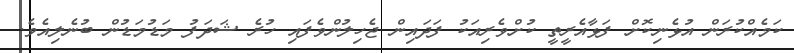
ކަމެއްކުރަން އުޅެނިކޮށް ފަޅާއެރީތީ ކުށްވެރިއަކު ފަދައިން ޖެހިލުންވެފައި ހުރެ ޝަދަފު މަޑުމަޑުން ބުނެލިއެވެ.